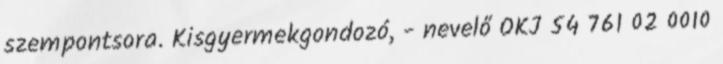
szempontsora. Kisgyermekgondozó, - nevelő OKJ 54 761 02 0010